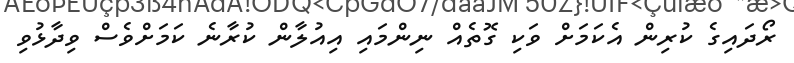
ރޯދައިގެ ކުރިން އެކަމަށް ވަކި ގޮތެއް ނިންމައި އިއުލާން ކުރާނެ ކަމަށްވެސް ވިދާޅުވި